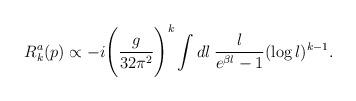
LaTeX: \begin{align*}R_{k}^{a}(p) \propto -i \Bigg(\frac{g}{32\pi^2}\Bigg)^k \int dl \:\frac{l}{e^{\beta l}-1} (\log l)^{k-1}.\end{align*}